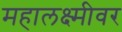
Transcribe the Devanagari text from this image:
महालक्ष्मीवर